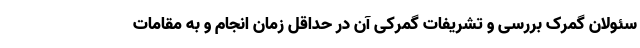
سئولان گمرک بررسی و تشریفات گمرکی آن در حداقل زمان انجام و به مقامات